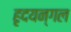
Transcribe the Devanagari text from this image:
हृदयन्गल